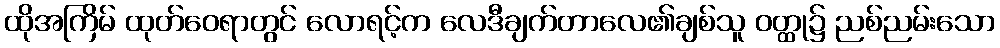
ထိုအကြိမ် ထုတ်ဝေရာတွင် လောရင့်က လေဒီချက်တာလေ၏ချစ်သူ ဝတ္ထု၌ ညစ်ညမ်းသော